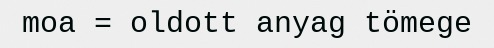
moa = oldott anyag tömege